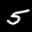
Label: 5